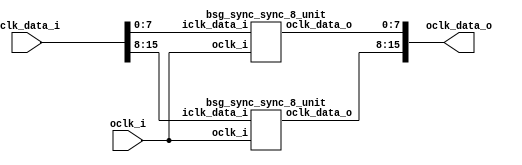
/* Generated by Yosys 0.27+9 (git sha1 101d19bb6, gcc 11.2.0-7ubuntu2 -fPIC -Os) */

(* top =  1  *)

module bsg_sync_sync(oclk_i, iclk_data_i, oclk_data_o);
  
  input [15:0] iclk_data_i;
  wire [15:0] iclk_data_i;
  
  output [15:0] oclk_data_o;
  wire [15:0] oclk_data_o;
  
  input oclk_i;
  wire oclk_i;
  (* module_not_derived = 32'd1 *)
  
  bsg_sync_sync_8_unit \maxb[0].bss8  (
    .iclk_data_i(iclk_data_i[7:0]),
    .oclk_data_o(oclk_data_o[7:0]),
    .oclk_i(oclk_i)
  );
  (* module_not_derived = 32'd1 *)
  
  bsg_sync_sync_8_unit \maxb[1].bss8  (
    .iclk_data_i(iclk_data_i[15:8]),
    .oclk_data_o(oclk_data_o[15:8]),
    .oclk_i(oclk_i)
  );
endmodule


module bsg_sync_sync_8_unit(oclk_i, iclk_data_i, oclk_data_o);
  
  reg [7:0] bsg_SYNC_1_r;
  
  reg [7:0] bsg_SYNC_2_r;
  
  input [7:0] iclk_data_i;
  wire [7:0] iclk_data_i;
  
  output [7:0] oclk_data_o;
  wire [7:0] oclk_data_o;
  
  input oclk_i;
  wire oclk_i;
  (* \always_ff  = 32'd1 *)
  
  always @(posedge oclk_i)
    bsg_SYNC_2_r[0] <= bsg_SYNC_1_r[0];
  (* \always_ff  = 32'd1 *)
  
  always @(posedge oclk_i)
    bsg_SYNC_2_r[1] <= bsg_SYNC_1_r[1];
  (* \always_ff  = 32'd1 *)
  
  always @(posedge oclk_i)
    bsg_SYNC_2_r[2] <= bsg_SYNC_1_r[2];
  (* \always_ff  = 32'd1 *)
  
  always @(posedge oclk_i)
    bsg_SYNC_2_r[3] <= bsg_SYNC_1_r[3];
  (* \always_ff  = 32'd1 *)
  
  always @(posedge oclk_i)
    bsg_SYNC_2_r[4] <= bsg_SYNC_1_r[4];
  (* \always_ff  = 32'd1 *)
  
  always @(posedge oclk_i)
    bsg_SYNC_2_r[5] <= bsg_SYNC_1_r[5];
  (* \always_ff  = 32'd1 *)
  
  always @(posedge oclk_i)
    bsg_SYNC_2_r[6] <= bsg_SYNC_1_r[6];
  (* \always_ff  = 32'd1 *)
  
  always @(posedge oclk_i)
    bsg_SYNC_2_r[7] <= bsg_SYNC_1_r[7];
  (* \always_ff  = 32'd1 *)
  
  always @(posedge oclk_i)
    bsg_SYNC_1_r[0] <= iclk_data_i[0];
  (* \always_ff  = 32'd1 *)
  
  always @(posedge oclk_i)
    bsg_SYNC_1_r[1] <= iclk_data_i[1];
  (* \always_ff  = 32'd1 *)
  
  always @(posedge oclk_i)
    bsg_SYNC_1_r[2] <= iclk_data_i[2];
  (* \always_ff  = 32'd1 *)
  
  always @(posedge oclk_i)
    bsg_SYNC_1_r[3] <= iclk_data_i[3];
  (* \always_ff  = 32'd1 *)
  
  always @(posedge oclk_i)
    bsg_SYNC_1_r[4] <= iclk_data_i[4];
  (* \always_ff  = 32'd1 *)
  
  always @(posedge oclk_i)
    bsg_SYNC_1_r[5] <= iclk_data_i[5];
  (* \always_ff  = 32'd1 *)
  
  always @(posedge oclk_i)
    bsg_SYNC_1_r[6] <= iclk_data_i[6];
  (* \always_ff  = 32'd1 *)
  
  always @(posedge oclk_i)
    bsg_SYNC_1_r[7] <= iclk_data_i[7];
  assign oclk_data_o = bsg_SYNC_2_r;
endmodule